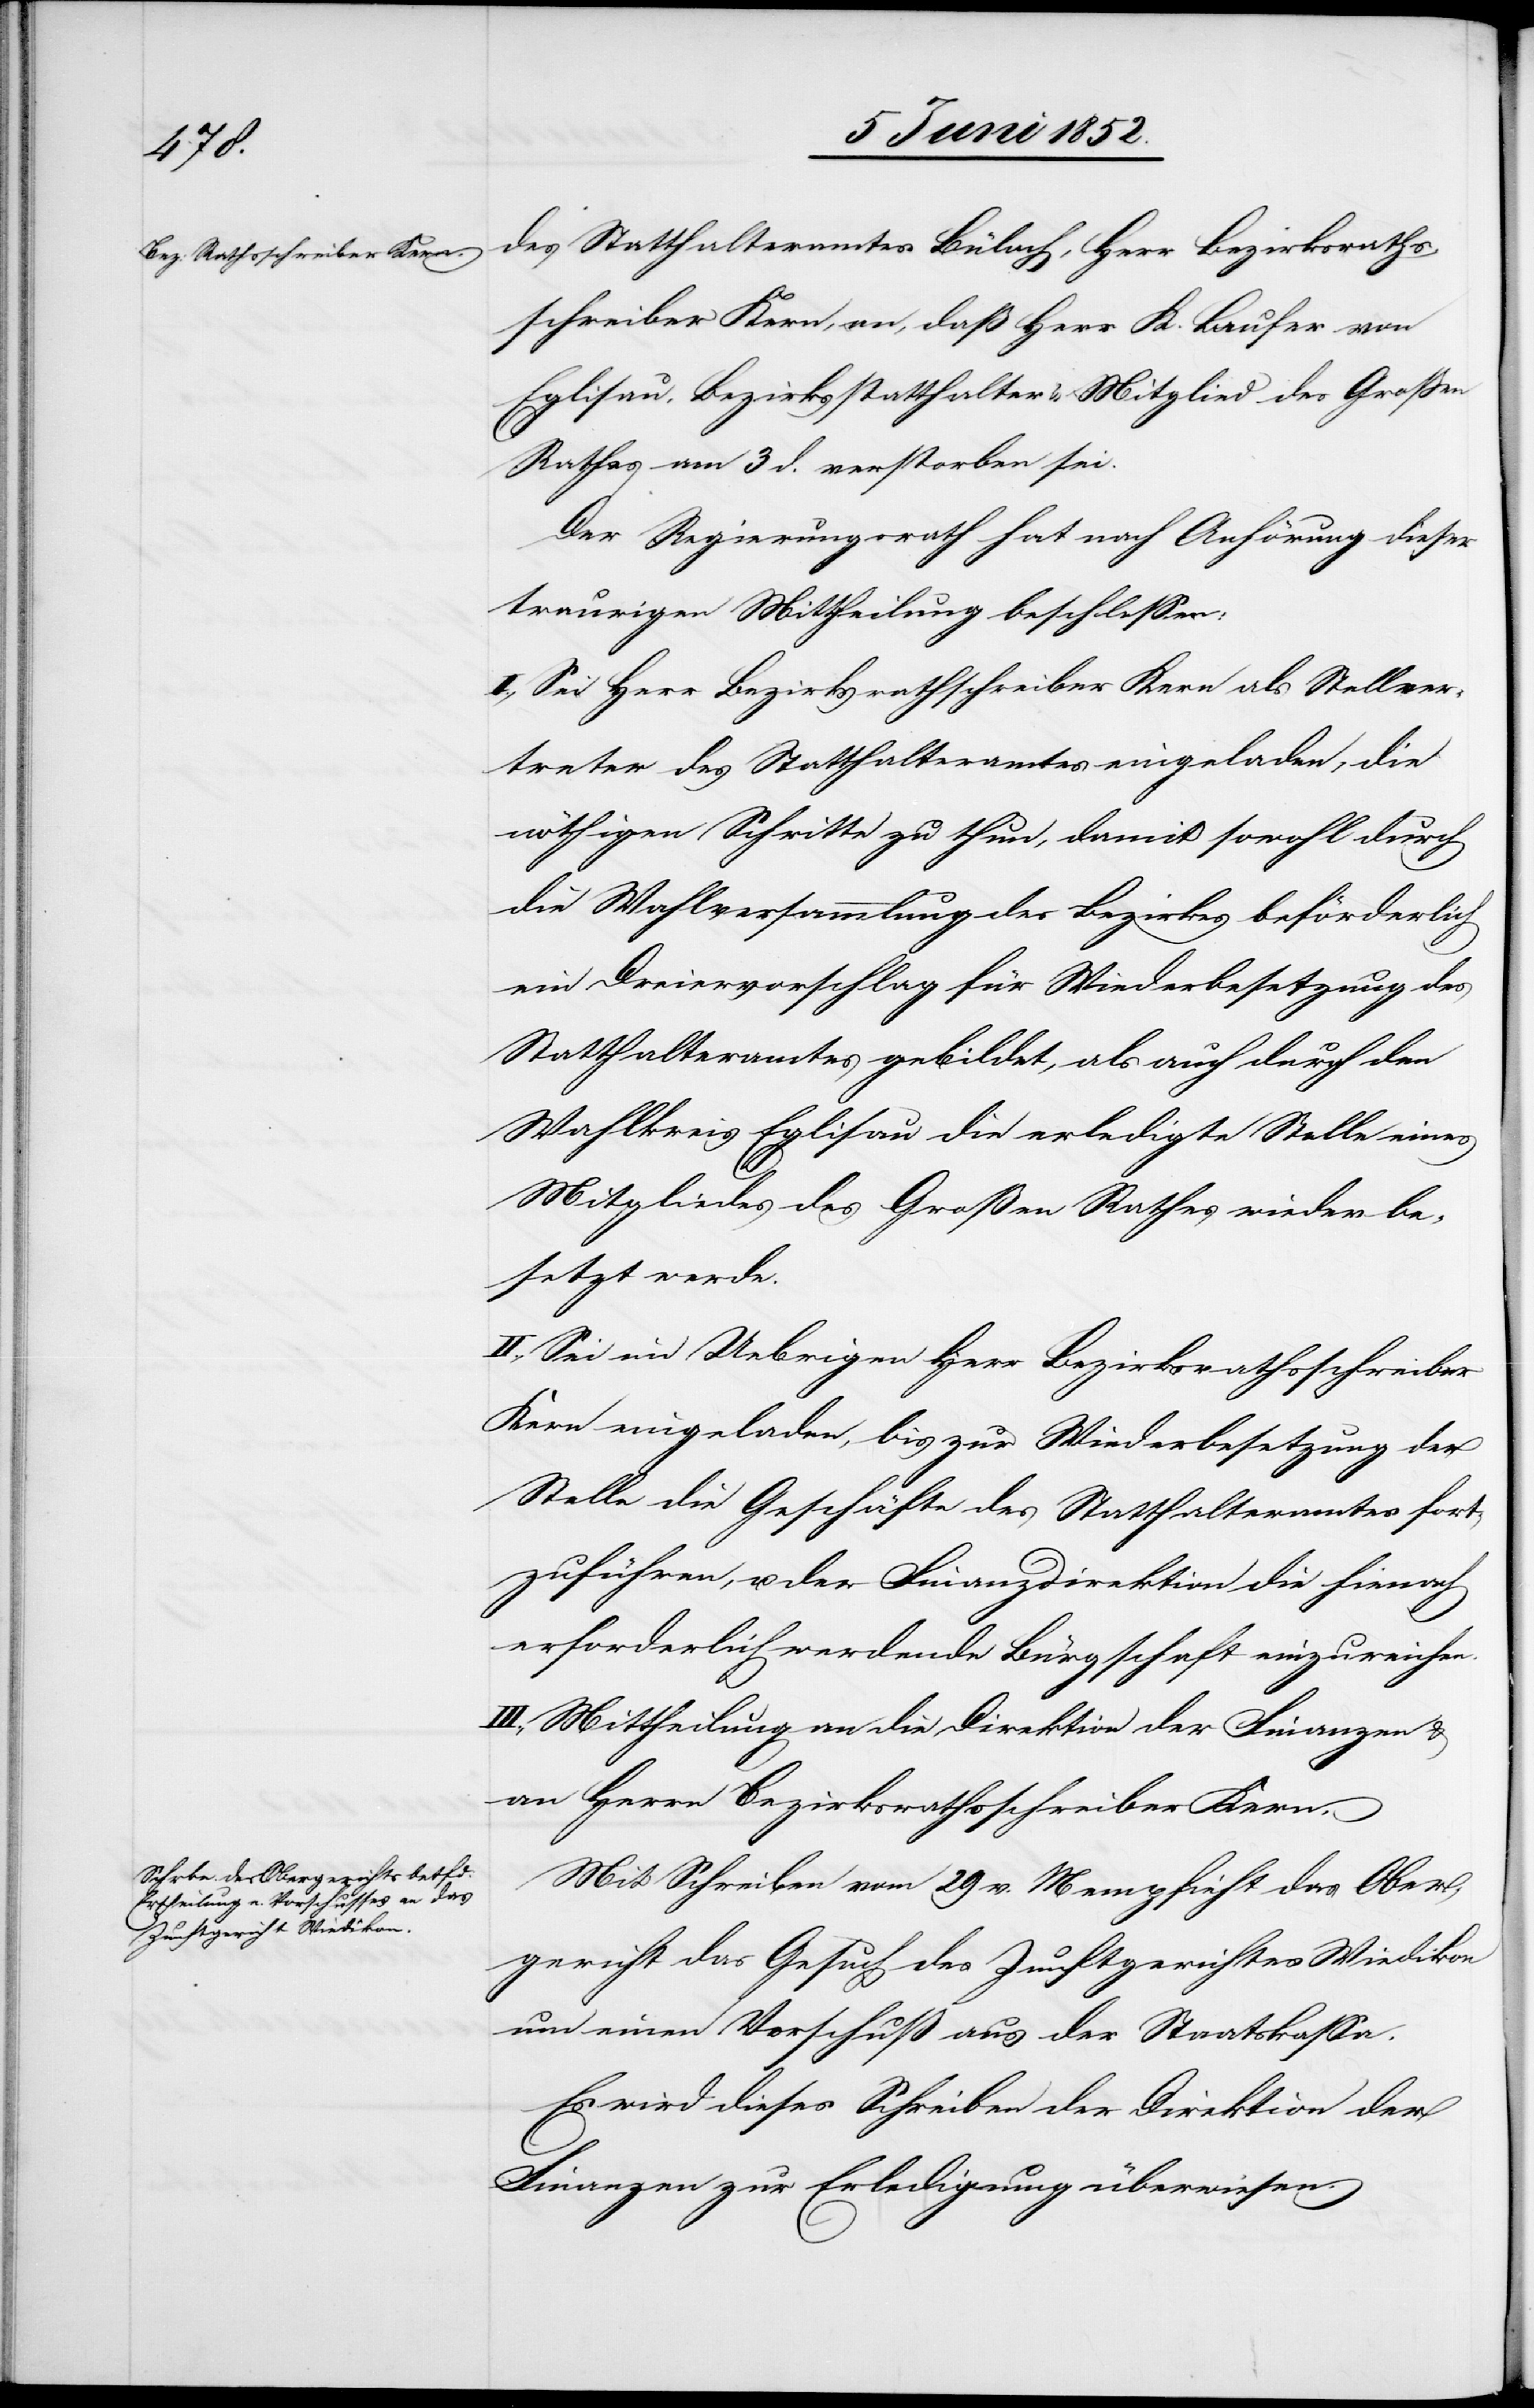
des Statthalteramtes Bülach, Herr Bezirksraths¬
schreiber Kern, an, daß Herr K. Laufer von
Eglisau, Bezirksstatthalter & Mitglied des Grossen
Rathes am 3 d. verstorben sei.
Der Regierungsrath hat nach Anhörung dieser
traurigen Mittheilung beschlossen:
I., Sei Herr Bezirksrathschreiber Kern als Stellver¬
treter des Statthalteramtes eingeladen, die
nöthigen Schritte zu thun, damit sowohl durch
die Wahlversammlung des Bezirkes beförderlich
ein Dreiervorschlag für Wiederbesetzung des
Statthalteramtes gebildet, als auch durch den
Wahlkreis Eglisau die erledigte Stelle eines
Mitgliedes des Großen Rathes wieder be¬
setzt werde.
II., Sei im Uebrigen Herr Bezirksrathsschreiber
Kern eingeladen, bis zur Wiederbesetzung der
Stelle die Geschäfte des Statthalteramtes fort¬
zuführen, u. der Finanzdirektion die hienach
erforderlich werdende Bürgschaft einzureichen.
III., Mittheilung an die Direktion der Finanzen &
an Herrn Bezirksrathsschreiber Kern.
Mit Schreiben vom 29 v. M empfieh[l]t das Ober¬
gericht das Gesuch des Zunftgerichtes Wiedikon
um einen Vorschuß aus der Staatskassa.
Es wird dieses Schreiben der Direktion der
Finanzen zur Erledigung überwiesen.